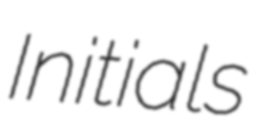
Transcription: Initials